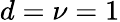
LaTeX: d=\nu=1